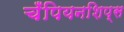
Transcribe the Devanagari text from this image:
चँपियनशिप्स